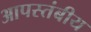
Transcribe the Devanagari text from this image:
आपस्तंबीय